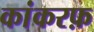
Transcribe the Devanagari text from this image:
कांकरफ़